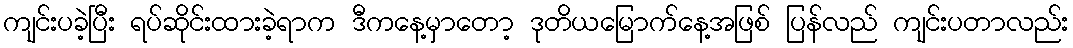
ကျင်းပခဲ့ပြီး ရပ်ဆိုင်းထားခဲ့ရာက ဒီကနေ့မှာတော့ ဒုတိယမြောက်နေ့အဖြစ် ပြန်လည် ကျင်းပတာလည်း